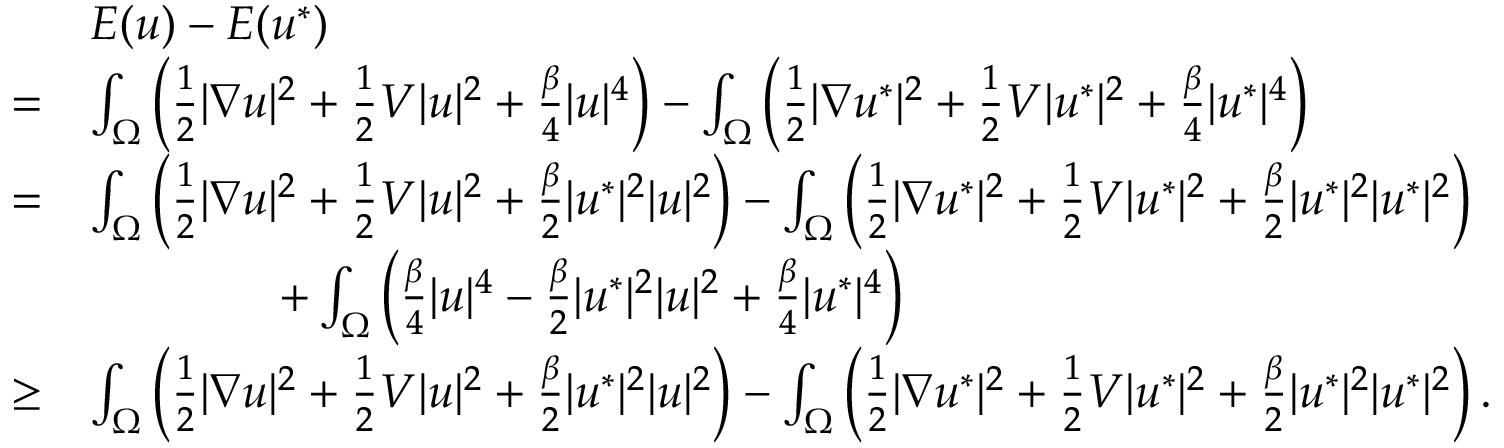
\begin{array} { r l } & { E ( u ) - E ( u ^ { * } ) } \\ { = } & { \int _ { \Omega } \left( \frac { 1 } { 2 } | \nabla u | ^ { 2 } + \frac { 1 } { 2 } V | u | ^ { 2 } + \frac { \beta } { 4 } | u | ^ { 4 } \right) - \int _ { \Omega } \left( \frac { 1 } { 2 } | \nabla u ^ { * } | ^ { 2 } + \frac { 1 } { 2 } V | u ^ { * } | ^ { 2 } + \frac { \beta } { 4 } | u ^ { * } | ^ { 4 } \right) } \\ { = } & { \int _ { \Omega } \left( \frac { 1 } { 2 } | \nabla u | ^ { 2 } + \frac { 1 } { 2 } V | u | ^ { 2 } + \frac { \beta } { 2 } | u ^ { * } | ^ { 2 } | u | ^ { 2 } \right) - \int _ { \Omega } \left( \frac { 1 } { 2 } | \nabla u ^ { * } | ^ { 2 } + \frac { 1 } { 2 } V | u ^ { * } | ^ { 2 } + \frac { \beta } { 2 } | u ^ { * } | ^ { 2 } | u ^ { * } | ^ { 2 } \right) } \\ & { \qquad \qquad + \int _ { \Omega } \left( \frac { \beta } { 4 } | u | ^ { 4 } - \frac { \beta } { 2 } | u ^ { * } | ^ { 2 } | u | ^ { 2 } + \frac { \beta } { 4 } | u ^ { * } | ^ { 4 } \right) } \\ { \geq } & { \int _ { \Omega } \left( \frac { 1 } { 2 } | \nabla u | ^ { 2 } + \frac { 1 } { 2 } V | u | ^ { 2 } + \frac { \beta } { 2 } | u ^ { * } | ^ { 2 } | u | ^ { 2 } \right) - \int _ { \Omega } \left( \frac { 1 } { 2 } | \nabla u ^ { * } | ^ { 2 } + \frac { 1 } { 2 } V | u ^ { * } | ^ { 2 } + \frac { \beta } { 2 } | u ^ { * } | ^ { 2 } | u ^ { * } | ^ { 2 } \right) . } \end{array}